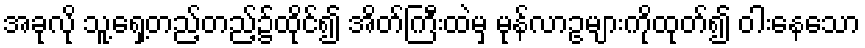
အခုလို သူ့ရှေ့တည့်တည့်၌ထိုင်၍ အိတ်ကြီးထဲမှ မုန်လာဥများကိုထုတ်၍ ဝါးနေသော